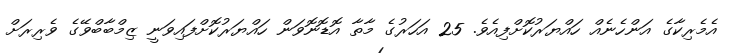
އެމެރިކާގެ އަންހެނެއް ހައްޔަރުކޮށްފިއެވެ. 25 އަހަރުގެ މާތާ އޮޑޮނޮވަން ހައްޔަރުކޮށްފައިވަނީ ޒިމްބާބްވޭގެ ވެރިރަށް